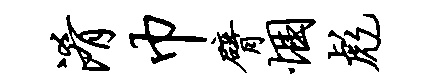
淆巾臂悃彪